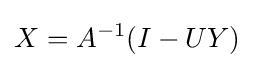
X=A^{-1}(I-UY)